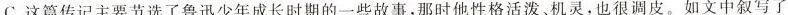
C.这篇传记主要节选了鲁迅少年成长时期的一些故事,那时他性格活泼、机灵,也很调皮。如文中叙写了